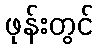
ဖုန်းတွင်